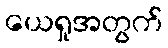
ယေရှုအတွက်